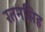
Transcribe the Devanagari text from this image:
रतनसिह